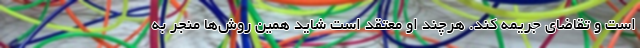
است و تقاضای جریمه کند. هرچند او معتقد است شاید همین روش‌ها منجر به